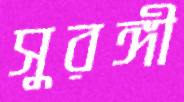
সুরঙ্গী